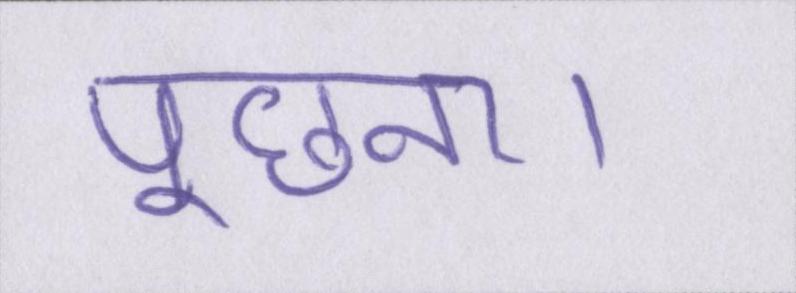
पूछना।